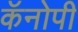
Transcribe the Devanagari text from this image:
कॅनोपी